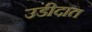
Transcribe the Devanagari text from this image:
उडीदात